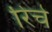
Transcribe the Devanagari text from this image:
रिचे